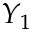
Y _ { 1 }